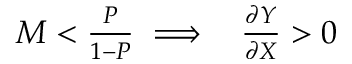
\begin{array} { r } { M < \frac { P } { 1 - P } \implies ~ ~ \frac { \partial Y } { \partial X } > 0 } \end{array}